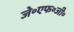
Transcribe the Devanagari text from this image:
जे॰एफ॰जी॰